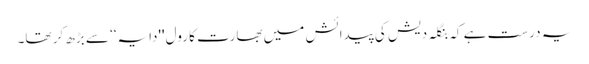
یہ درست ہے کہ بنگلہ دیش کی پیدائش میں بھارت کا رول ''دایہ‘‘ سے بڑھ کر تھا۔